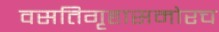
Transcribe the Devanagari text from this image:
वसतिगृहासमोरच